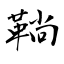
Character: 鞝